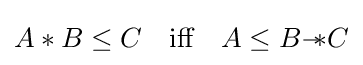
A*B\leq C\quad {\mbox{iff}}\quad A\leq B{-\!\!*}C